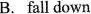
B.fall down